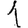
Digit: 1